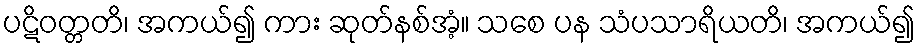
ပဋိဝတ္တတိ၊ အကယ်၍ ကား ဆုတ်နစ်အံ့။ သစေ ပန သံပသာရိယတိ၊ အကယ်၍